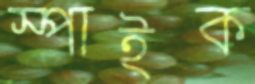
স্পাইক